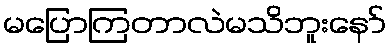
မပြောကြတာလဲမသိဘူးနော်